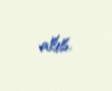
alıb.